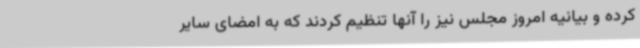
کرده و بیانیه امروز مجلس نیز را آنها تنظیم کردند که به امضای سایر